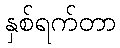
နှစ်ရက်တာ